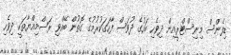
ޑިފެންސް މިނިސްޓްރީއިން ދިވެހި ބަހުގެ ދުވަސް ފާހަގަކުރުމުގެ ގޮތުން ބޭއްވި ރަސްމިއްޔާތަކީ ދިވެހި